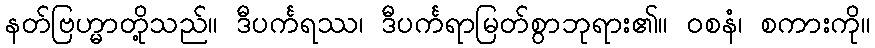
နတ်ဗြဟ္မာတို့သည်။ ဒီပင်္ကရဿ၊ ဒီပင်္ကရာမြတ်စွာဘုရား၏။ ဝစနံ၊ စကားကို။